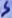
Text: 5